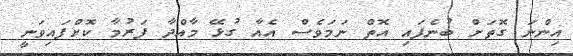
އިންނަ ގޮތަށް ބުނެފައި އޮތް ނަމަވެސް އެއާ ގުޅޭ މާއްދާ ފަރުމާ ކޮށްފައިވަނީ